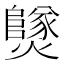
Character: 𤒮